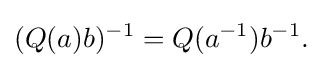
\displaystyle {(Q(a)b)^{-1}=Q(a^{-1})b^{-1}.}